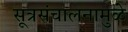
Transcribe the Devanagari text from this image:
सूत्रसंचालनामुळे